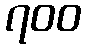
၇၀၀